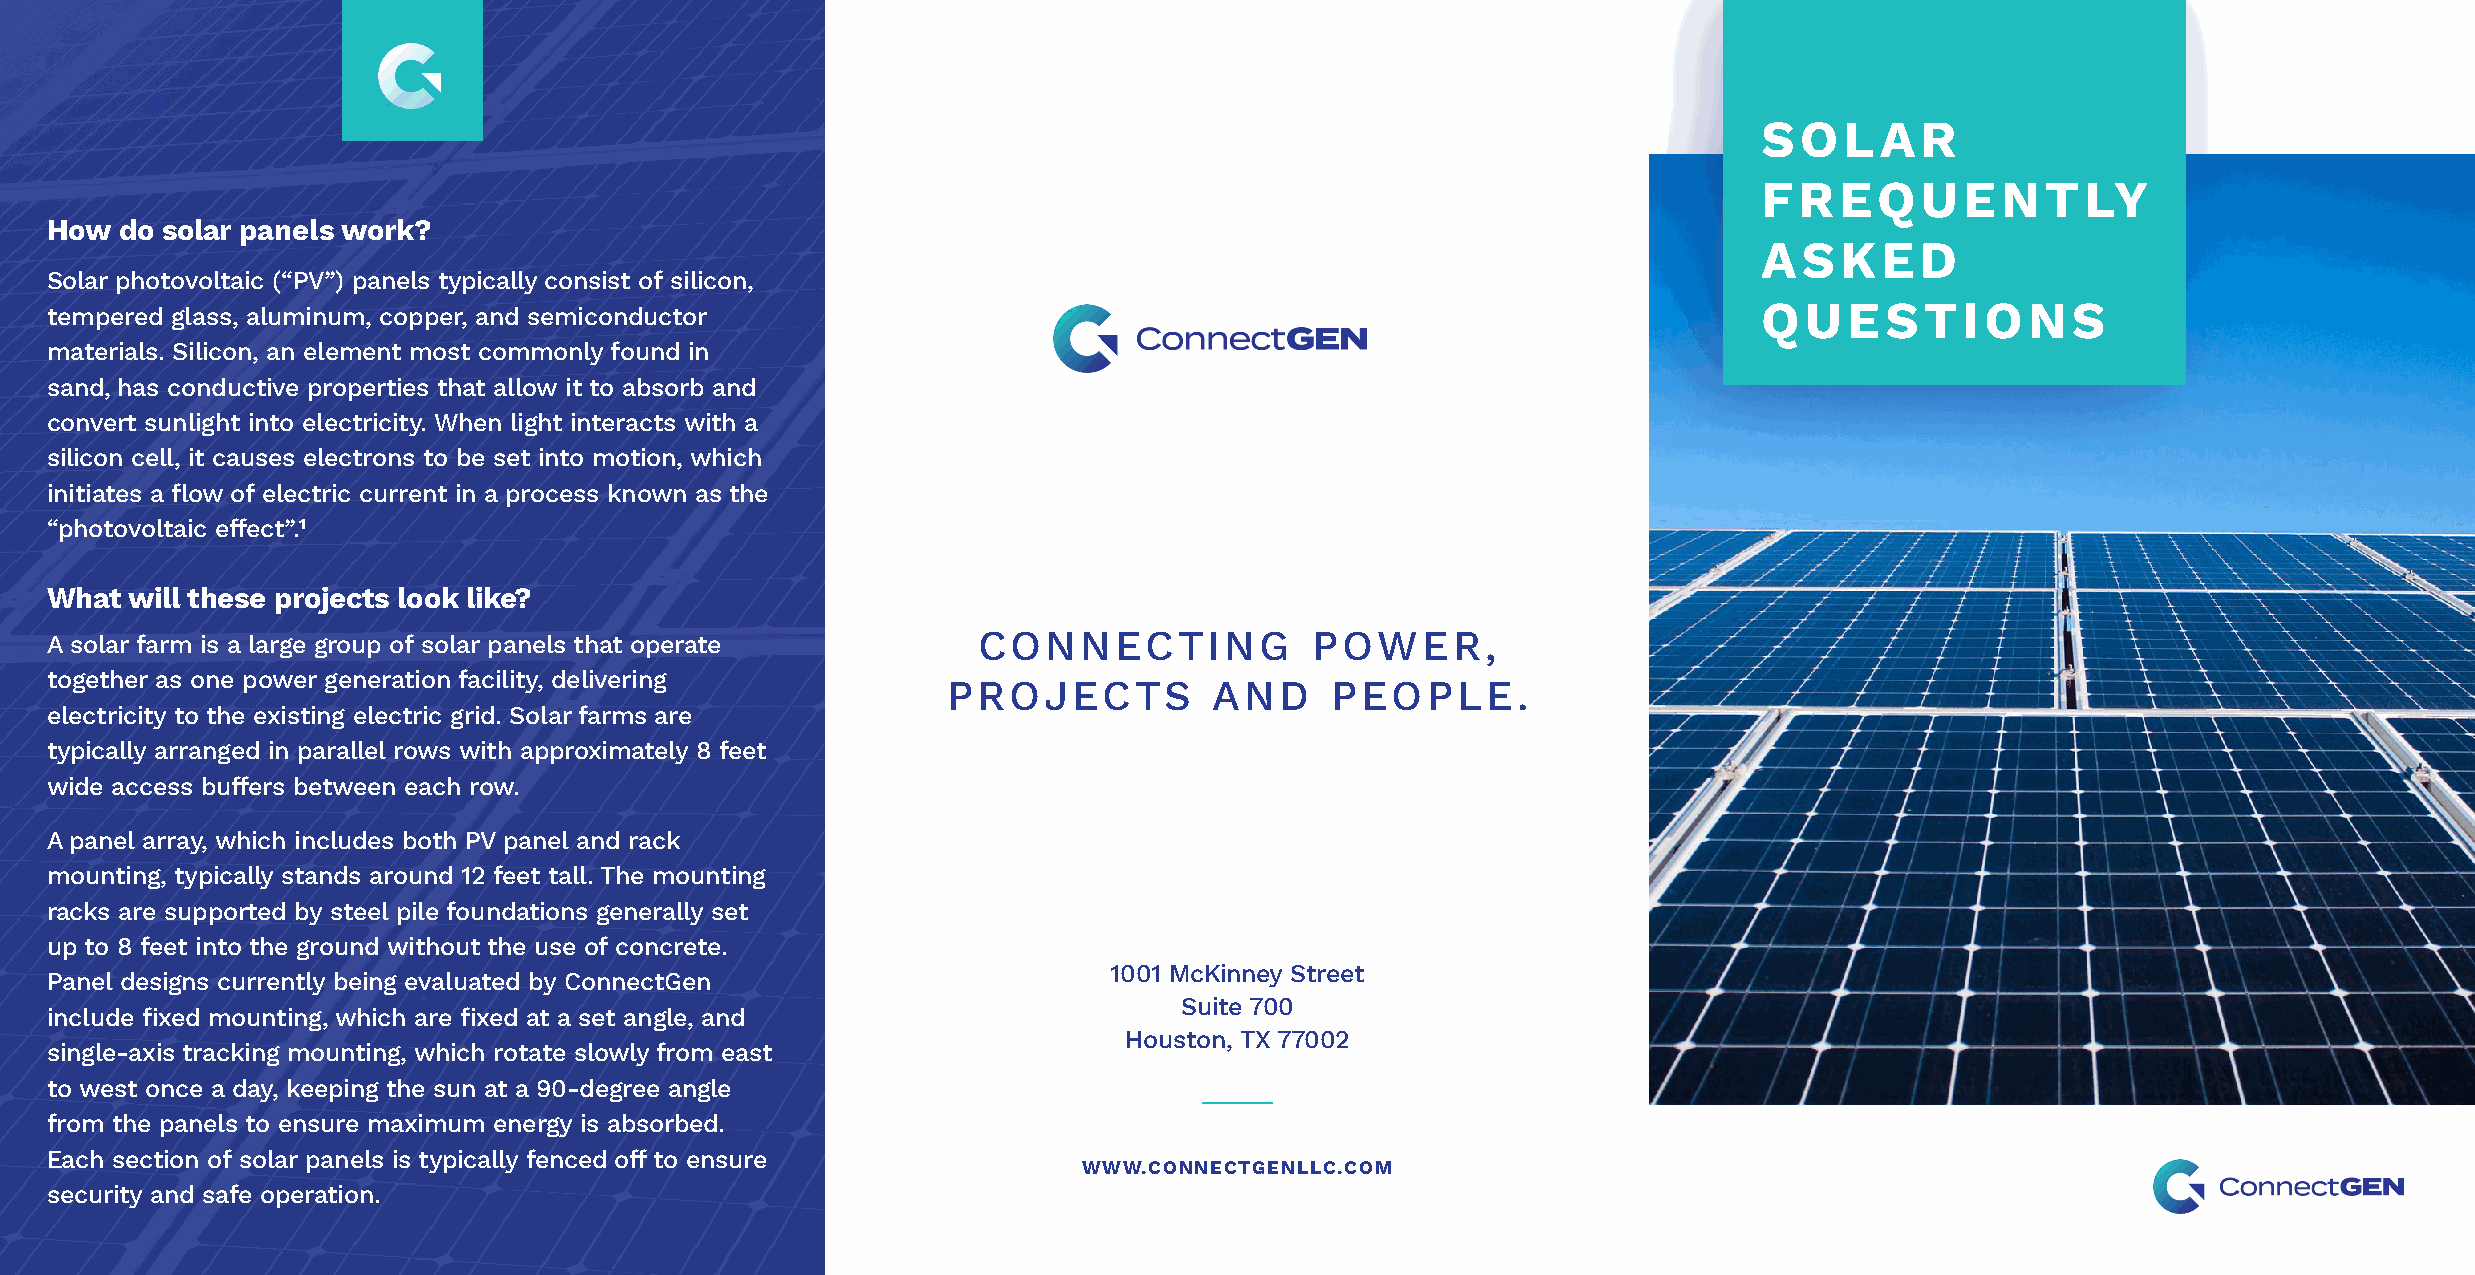
SOLAR
 FREQUENTLY
 How  do solar panels work?
 ASKED
 Solar photovoltaic (“PV”) panels typically consist of silicon,
 tempered glass, aluminum, copper, and semiconductor                                                               QUESTIONS
 materials. Silicon, an element most commonly found in
 sand, has conductive properties that allow it to absorb and
 convert sunlight into electricity. When light interacts with a
 silicon cell, it causes electrons to be set into motion, which
 initiates a flow of electric current in a process known as the
 “photovoltaic effect”.1
 What  will these projects look like?
 A solar farm is a large group of solar panels that operate    CONNECTING            POWER,
 together as one power generation facility, delivering
 PROJECTS         AND     PEOPLE.
 electricity to the existing electric grid. Solar farms are
 typically arranged in parallel rows with approximately 8 feet
 wide access buffers between each row.
 A panel array, which includes both PV panel and rack
 mounting, typically stands around 12 feet tall. The mounting
 racks are supported by steel pile foundations generally set
 up to 8 feet into the ground without the use of concrete.
 1001 McKinney Street
 Panel designs currently being evaluated by ConnectGen
 Suite 700
 include fixed mounting, which are fixed at a set angle, and
 Houston, TX 77002
 single-axis tracking mounting, which rotate slowly from east
 to west once a day, keeping the sun at a 90-degree angle
 from the panels to ensure maximum energy is absorbed.
 Each section of solar panels is typically fenced off to ensure
 WWW.CONNECTGENLLC.COM
 security and safe operation.